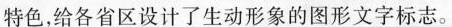
特色，给各省区设计了生动形象的图形文字标志。